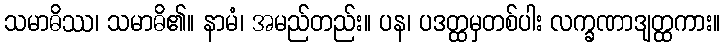
သမာဓိဿ၊ သမာဓိ၏။ နာမံ၊ အမည်တည်း။ ပန၊ ပဒတ္ထမှတစ်ပါး လက္ခဏာဒျတ္ထကား။